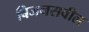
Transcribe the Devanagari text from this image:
बिजनसवील